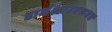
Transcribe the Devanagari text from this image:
डार्मश्टाटवरूनच